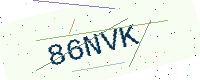
Text: 86NVK